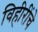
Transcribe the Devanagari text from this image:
विहीरींचे